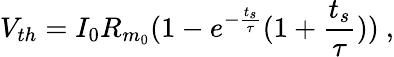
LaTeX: V_{th}=I_{0}R_{m_{0}}(1-e^{-\frac{t_{s}}{\tau}}(1+\frac{t_{s}}{\tau}))~,